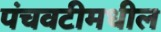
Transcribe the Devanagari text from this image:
पंचवटीमधील